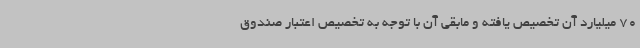
70 میلیارد آن تخصیص یافته و مابقی آن با توجه به تخصیص اعتبار صندوق